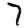
Digit: 7